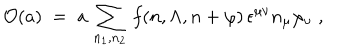
{ \cal O } ( a ) \; = \; a \, \sum _ { n _ { 1 } , n _ { 2 } } \, f ( n , \Lambda , n + \varphi ) \, \epsilon ^ { \mu \nu } n _ { \mu } \varphi _ { \nu } \; ,